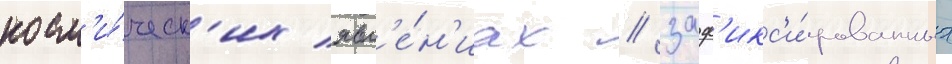
косм'и́ческ'их явл'е́н'иах / заф'икс'и́рованных